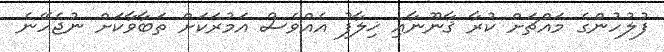
ފުލުހުންގެ މައްޗަށް ކުރާ ޤާނޫނާއި ޚިލާފު އެއްވެސް އަމުރަކަށް ތަބާވާކަށް ނުޖެހޭނެ